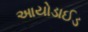
આયોડાઈડ